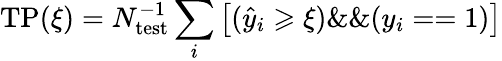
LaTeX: \mathrm{TP}(\xi)=N_{\mathrm{test}}^{-1}\sum_{i}\left[(\hat{y}_{i}\geqslant\xi)\& \& (y_{i}==1)\right]